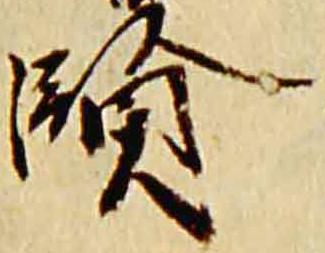
賢